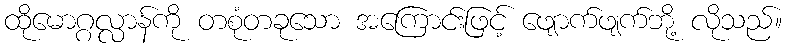
ထိုမောဂ္ဂလ္လာန်ကို တစုံတခုသော အကြောင်းဖြင့် ဖျောက်ဖျက်ဘို့ လိုသည်။